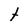
Character: t